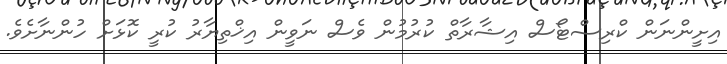
އިށީންނަން ކްރިސްޓޯސް އިޝާރާތް ކުރުމުން ވެސް ނަވީން އިޚްތިޔާރު ކުރީ ކޮޅަށް ހުންނާށެވެ.